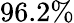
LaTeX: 96.2\%